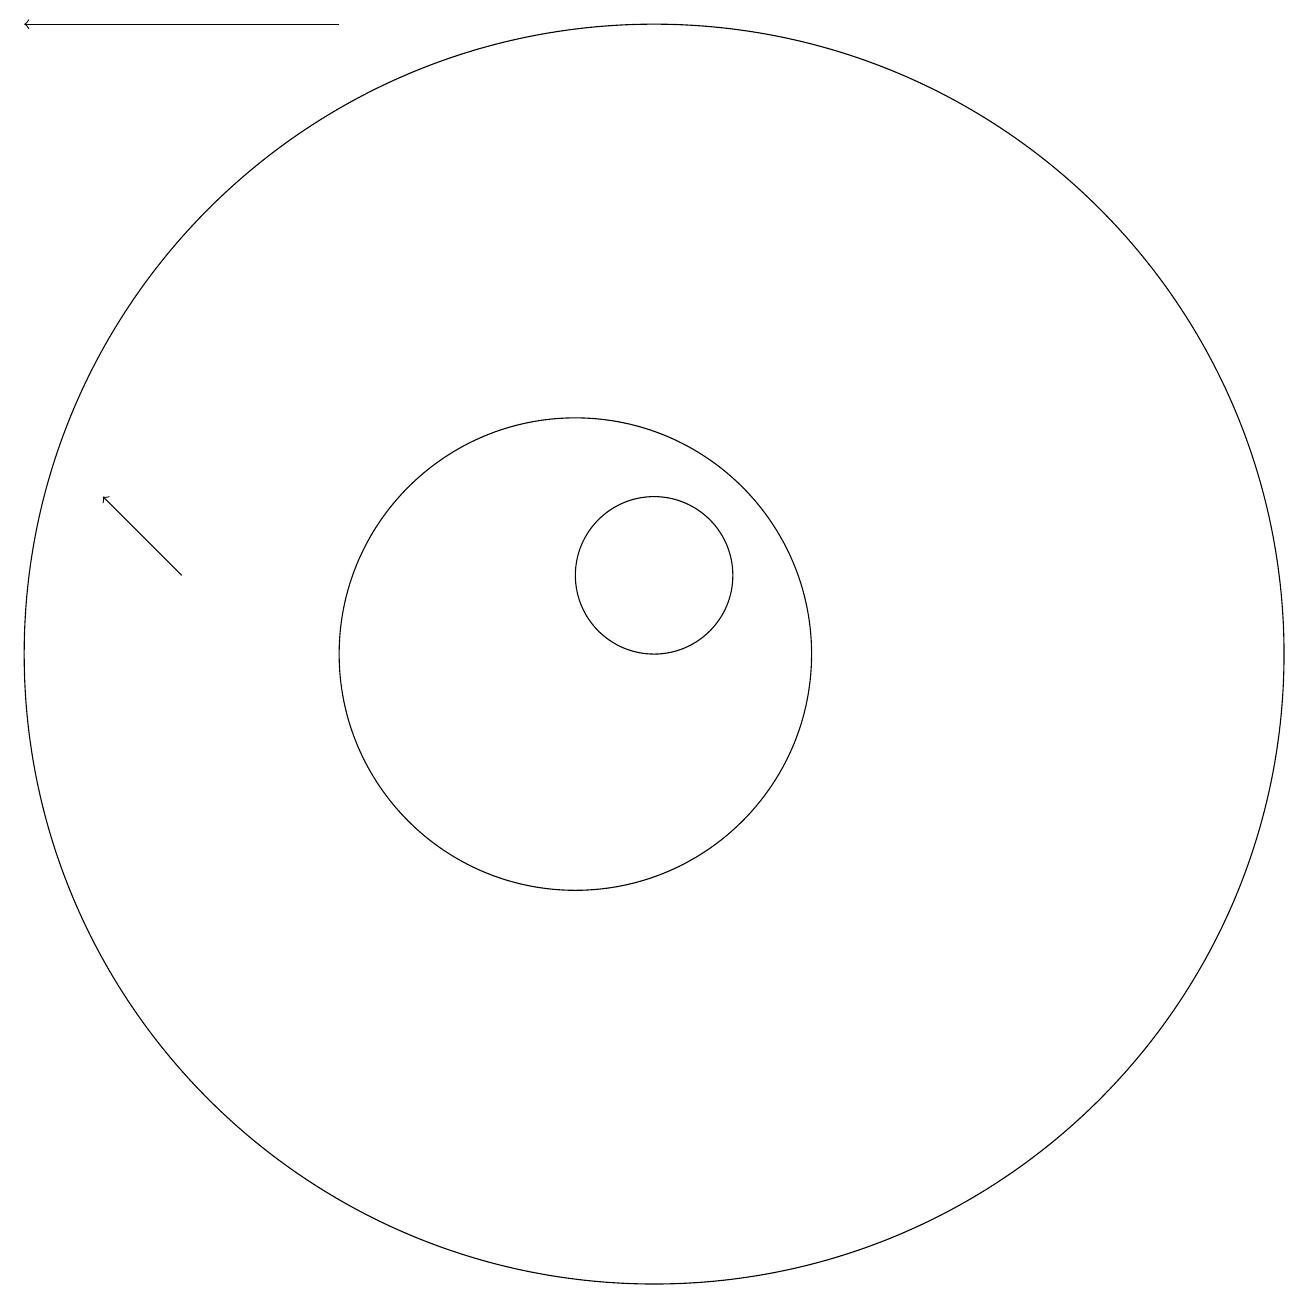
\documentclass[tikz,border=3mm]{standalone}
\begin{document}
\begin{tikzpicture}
\draw (10,10) circle (3);
\draw (11,10) circle (8);
\draw[->] (5,11) -- (4,12);
\draw[->] (7,18) -- (3,18);
\draw (11,11) circle (1);
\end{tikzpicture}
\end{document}